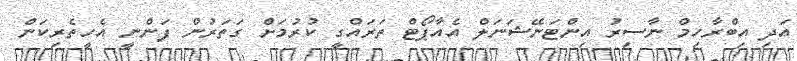
އަދި އިބްރާހިމް ނާސިރު އިންޓަނޭޝަނަލް އެއާޕޯޓް ތަރައްގީ ކުރުމަށް ގަތަރުން ފަންނީ އެހީތެރިކަން